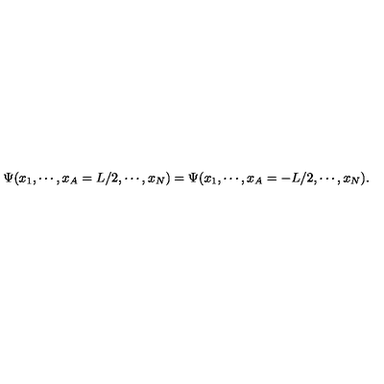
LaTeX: \Psi ( x _ { 1 } , \cdots , x _ { A } = L / 2 , \cdots , x _ { N } ) = \Psi ( x _ { 1 } , \cdots , x _ { A } = - L / 2 , \cdots , x _ { N } ) .